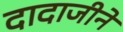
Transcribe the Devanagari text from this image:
दादाजीने